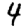
Digit: 4